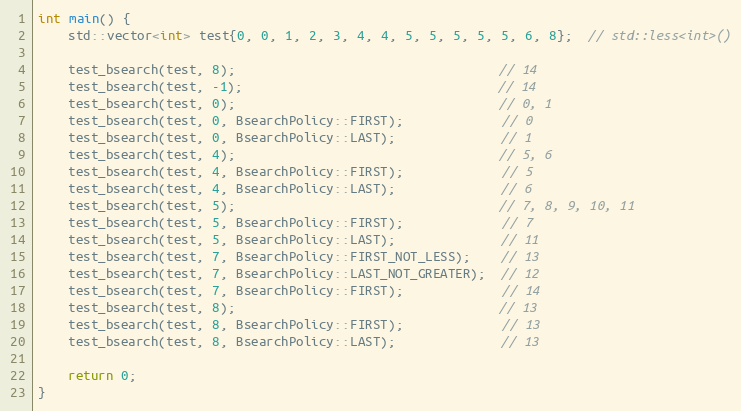
Language: C++
int main() {
    std::vector<int> test{0, 0, 1, 2, 3, 4, 4, 5, 5, 5, 5, 5, 6, 8};  // std::less<int>()

    test_bsearch(test, 8);                                   // 14
    test_bsearch(test, -1);                                  // 14
    test_bsearch(test, 0);                                   // 0, 1
    test_bsearch(test, 0, BsearchPolicy::FIRST);             // 0
    test_bsearch(test, 0, BsearchPolicy::LAST);              // 1
    test_bsearch(test, 4);                                   // 5, 6
    test_bsearch(test, 4, BsearchPolicy::FIRST);             // 5
    test_bsearch(test, 4, BsearchPolicy::LAST);              // 6
    test_bsearch(test, 5);                                   // 7, 8, 9, 10, 11
    test_bsearch(test, 5, BsearchPolicy::FIRST);             // 7
    test_bsearch(test, 5, BsearchPolicy::LAST);              // 11
    test_bsearch(test, 7, BsearchPolicy::FIRST_NOT_LESS);    // 13
    test_bsearch(test, 7, BsearchPolicy::LAST_NOT_GREATER);  // 12
    test_bsearch(test, 7, BsearchPolicy::FIRST);             // 14
    test_bsearch(test, 8);                                   // 13
    test_bsearch(test, 8, BsearchPolicy::FIRST);             // 13
    test_bsearch(test, 8, BsearchPolicy::LAST);              // 13

    return 0;
}